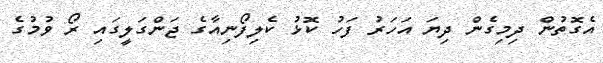
އެގޮތުން ދިމިގެން ދިޔަ އަހަރު ފަހު ކޮޅު ކެލިފޯނިއާގެ ޖަންގަލީގައި ރޯ ވުމުގެ